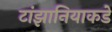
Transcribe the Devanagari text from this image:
टांझानियाकडे